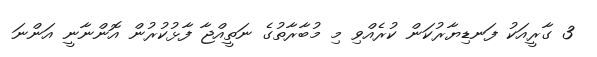
3 ގާރީއަކު ފަނޑިޔާރުކަން ކުރެއްވި މި މުބާރާތުގެ ނަތީއްޖާ ފާޅުކުރުން އޮންނާނީ އަންނަ